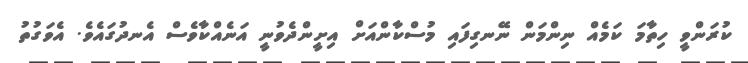
ކުރަންވީ ހިތާމަ ކަމެއް ނިންމަން ނޭނގިފައި މުސްކާންއަށް އިށީންދެވުނީ އަނެއްކާވެސް އެނދުގައެވެ. އެވަގުތު